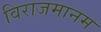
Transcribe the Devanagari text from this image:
विराजमानम